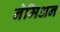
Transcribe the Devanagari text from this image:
नेमिअन